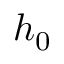
h _ { 0 }